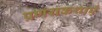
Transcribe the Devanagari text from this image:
प्रणयकथाएँ